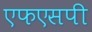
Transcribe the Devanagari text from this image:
एफएसपी